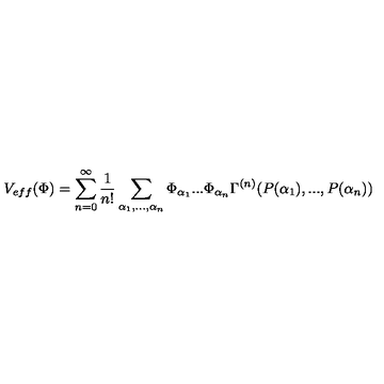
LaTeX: V _ { e f f } ( \Phi ) = \sum _ { n = 0 } ^ { \infty } \frac { 1 } { n ! } \sum _ { \alpha _ { 1 } , . . . , \alpha _ { n } } \Phi _ { \alpha _ { 1 } } . . . \Phi _ { \alpha _ { n } } \Gamma ^ { ( n ) } ( P ( \alpha _ { 1 } ) , . . . , P ( \alpha _ { n } ) )